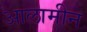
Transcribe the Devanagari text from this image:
आलामीन